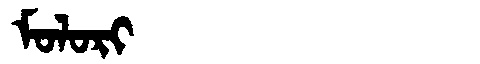
Manchu: ᠮᠣᠯᠣᡵᡳ
Romanization: MOLORI